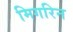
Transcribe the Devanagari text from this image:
मिगरिन